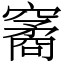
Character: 䆷